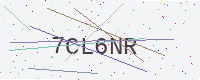
Text: 7CL6NR